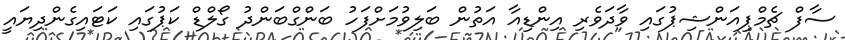
ސާފް ޗެމްޕިއަންޝިޕުގައި ވާދަވެރި އިންޑިއާ އަތުން ބަލިވުމަށްފަހު ބަންގްބަންދު ގޯލްޑް ކަޕުގައި ކަޓައިގެންދިޔައީ